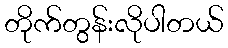
တိုက်တွန်းလိုပါတယ်